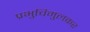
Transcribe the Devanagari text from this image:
प्रभुचिमुलकर